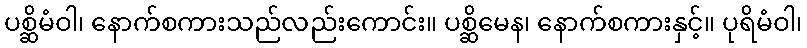
ပစ္ဆိမံဝါ၊ နောက်စကားသည်လည်းကောင်း။ ပစ္ဆိမေန၊ နောက်စကားနှင့်။ ပုရိမံဝါ၊